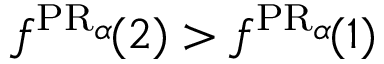
f ^ { \operatorname { P R } _ { \alpha } \! } ( 2 ) > f ^ { \operatorname { P R } _ { \alpha } \! } ( 1 )